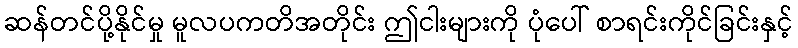
ဆန်တင်ပို့နိုင်မှု မူလပကတိအတိုင်း ဤငါးများကို ပုံပေါ် စာရင်းကိုင်ခြင်းနှင့်